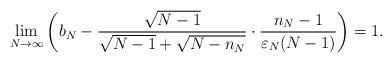
LaTeX: \begin{align*}\lim_{N \to \infty} \left(b_N-\frac{\sqrt{N-1}}{\sqrt{N-1}+\sqrt{N-n_N}}\cdot \frac{n_N-1}{\varepsilon_N(N-1)} \right)=1.\end{align*}